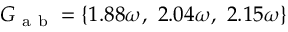
G _ { \mathrm { ~ a ~ b ~ } } = \{ 1 . 8 8 \omega , ~ 2 . 0 4 \omega , ~ 2 . 1 5 \omega \}